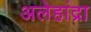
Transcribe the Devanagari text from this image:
अलेहांद्रा